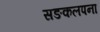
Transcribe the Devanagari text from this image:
सङकलपना